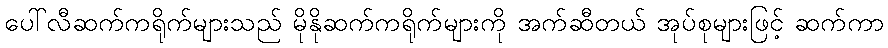
ပေါ်လီဆက်ကရိုက်များသည် မိုနိုဆက်ကရိုက်များကို အက်ဆီတယ် အုပ်စုများဖြင့် ဆက်ကာ